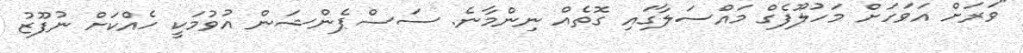
"ވަރަށް އަވަހަށް މަހުލޫފެގް މައްސަލާގައި ގޮތެއް ނިންމާނެ. ސަސްޕެންޝަން އުވުމަކީ ހެއްކަށް ނުފޫޒު